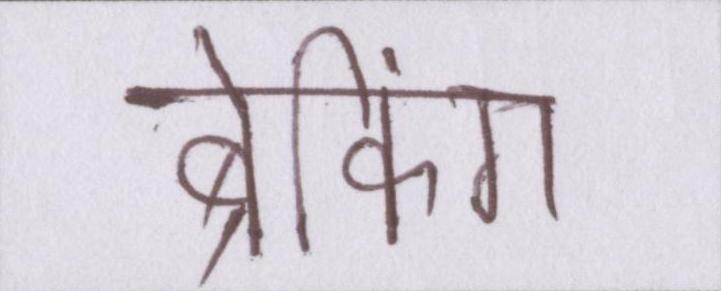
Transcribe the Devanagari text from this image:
ब्रेकिंग